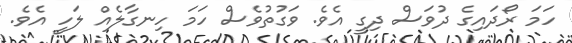
ހަމަ ރޯދައިގެ ދުވަސް ދިގީ އެވެ. ވަގުތުވެސް ހަމަ ހިނގާލެއް ލަހީ އެވެ.